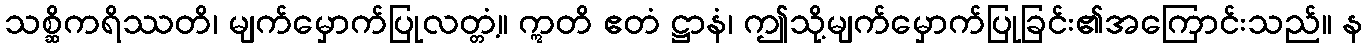
သစ္ဆိကရိဿတိ၊ မျက်မှောက်ပြုလတ္တံ့။ ဣတိ ဧတံ ဋ္ဌာနံ၊ ဤသို့မျက်မှောက်ပြုခြင်း၏အကြောင်းသည်။ န